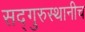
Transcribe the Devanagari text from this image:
सद्‌गुरुस्थानीच